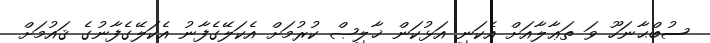
ސުބްޙާނަހޫ ވަ ތަޢާލާއަށް އެކަނި އަޅުކަން ޚާލިޞް ކުރުމަށް އެކަލޭގެފާނު އެކަލޭގެފާނުގެ ޤައުމަށް